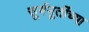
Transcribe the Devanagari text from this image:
सूर्यमूर्तीच्या